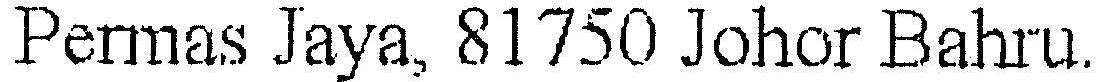
PERMAS JAYA,81750 JOHOR BAHRU.